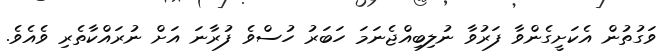
ވަގުތުން އެކަށީގެންވާ ފަރުވާ ނުލިބިއްޖެނަމަ ހަބަރު ހުސްވެ ފުރާނަ އަށް ނުރައްކާތެރި ވެއެވެ.